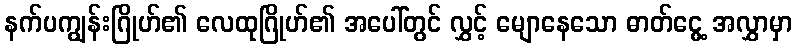
နက်ပကျွန်းဂြိုဟ်၏ လေထုဂြိုဟ်၏ အပေါ်တွင် လွှင့် မျောနေသော ဓာတ်ငွေ့ အလွှာမှာ